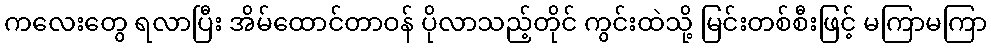
ကလေးတွေ ရလာပြီး အိမ်ထောင်တာဝန် ပိုလာသည့်တိုင် ကွင်းထဲသို့ မြင်းတစ်စီးဖြင့် မကြာမကြာ